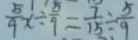
\frac { 5 } { 9 } x \div \frac { 5 } { 9 } = \frac { 7 } { 1 5 } \div \frac { 5 } { 9 }